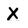
Character: X